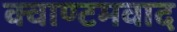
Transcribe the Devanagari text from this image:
क्वाण्टमवाद